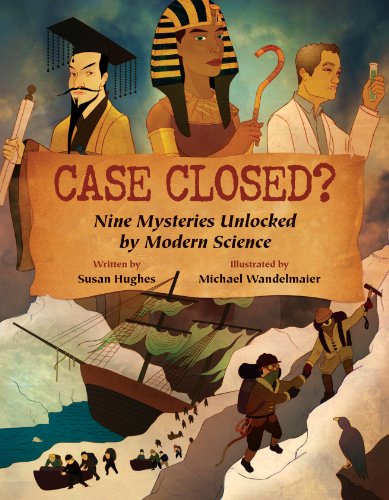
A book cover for Case Closed?: Nine Mysteries Unlocked by Modern Science; Susan Hughes; Children's Books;